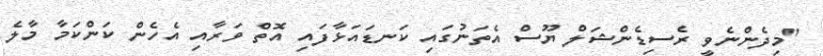
"މިދެންނެވީ ރެސިޑެންޝަލް ޔޫސް އެތަނުގައި ކަނޑައަޅާފައި އޮތް ވަރާއި އެހެން ކަންކަމާ މާލެ